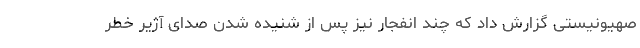
صهیونیستی گزارش داد که چند انفجار نیز پس از شنیده شدن صدای آژیر خطر